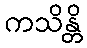
ကသိန္တိ